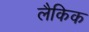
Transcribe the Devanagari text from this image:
लैकिक